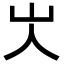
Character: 㞤